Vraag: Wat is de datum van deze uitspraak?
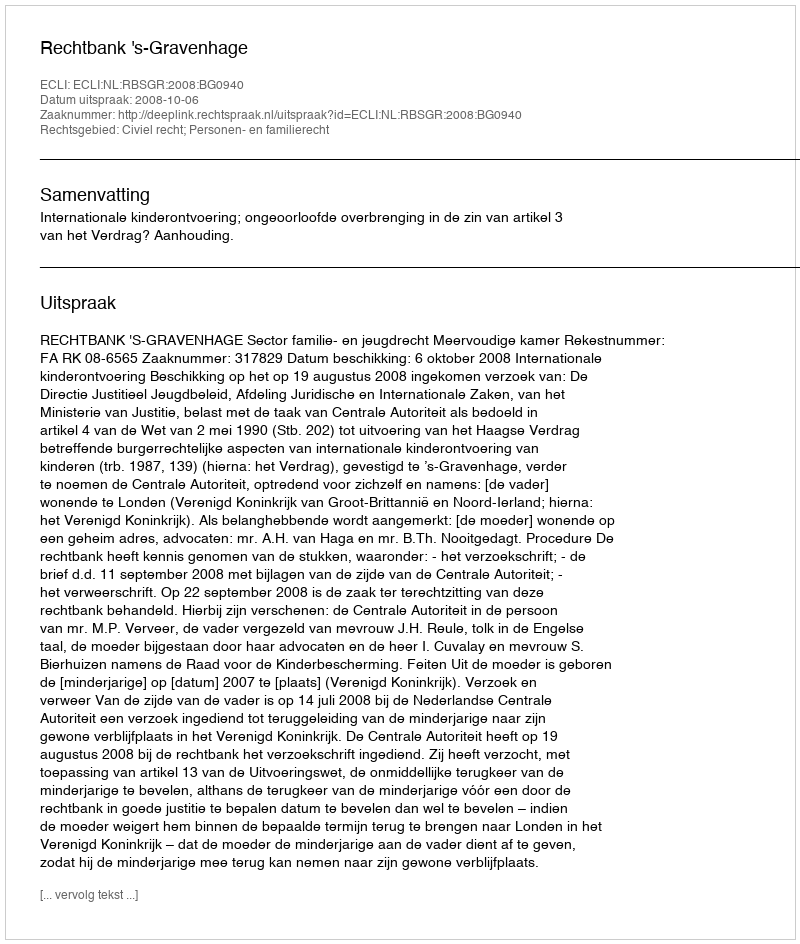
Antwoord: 2008-10-06